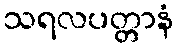
သရလပတ္တာနံ